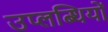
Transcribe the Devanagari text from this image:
उप्लब्धियों